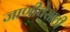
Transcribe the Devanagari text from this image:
जाणीवेसाठी